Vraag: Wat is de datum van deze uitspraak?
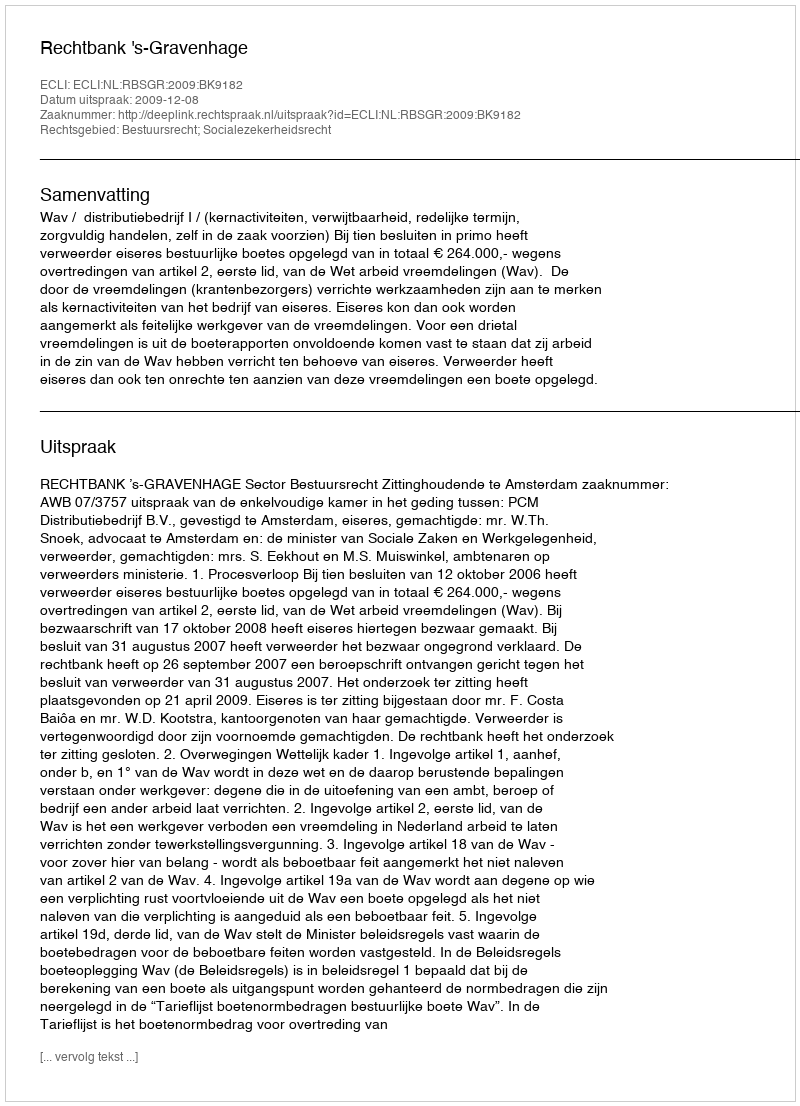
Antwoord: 2009-12-08